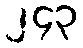
၂၄၃